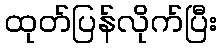
ထုတ်ပြန်လိုက်ပြီး